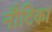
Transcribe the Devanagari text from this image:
नौटिका